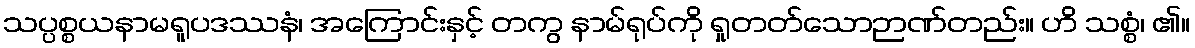
သပ္ပစ္စယနာမရူပဒဿနံ၊ အကြောင်းနှင့် တကွ နာမ်ရုပ်ကို ရှုတတ်သောဉာဏ်တည်း။ ဟိ သစ္စံ၊ ၏။